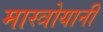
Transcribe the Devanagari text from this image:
मास्त्रोयानी